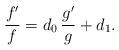
LaTeX: \begin{align*} \frac{f'}{f} = d_0 \, \frac{g'}{g} + d_1 .\end{align*}